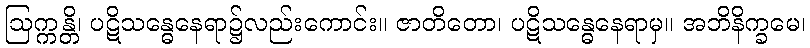
ဩက္ကန္တိ၊ ပဋိသန္ဓေနေရာ၌လည်းကောင်း။ ဇာတိတော၊ ပဋိသန္ဓေနေရာမှ။ အဘိနိက္ခမေ၊